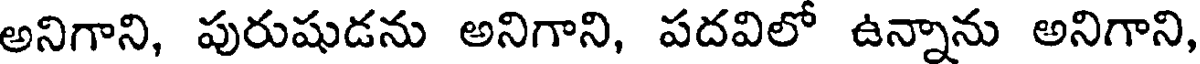
అనిగాని, పురుషుడను అనిగాని, పదవిలో ఉన్నాను అనిగాని,